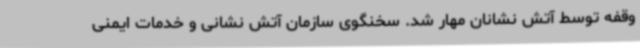
وقفه توسط آتش نشانان مهار شد. سخنگوی سازمان آتش نشانی و خدمات ایمنی